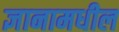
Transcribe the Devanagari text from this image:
ज्ञानामधील